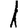
Digit: 1